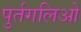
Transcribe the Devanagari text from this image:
पुर्तगलिओ